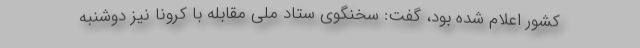
کشور اعلام شده بود، گفت: سخنگوی ستاد ملی مقابله با کرونا نیز دوشنبه